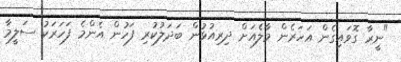
"ނީރާ ގޮވައިގެން އަހަރެން މާލެއަށް ދިރިއުޅުން ބަދަލުކުރި ފަހުން އެންމެ ފަހަރަކު ސަލީމާ